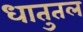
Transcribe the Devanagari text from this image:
धातुतल